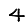
Digit: 4